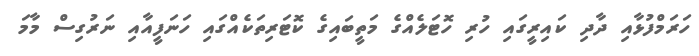
ހަރަމްފުޅާއި ދާދި ކައިރީގައި ހުރި ހޮޓަލެއްގެ މަތީބައިގެ ކޮޓަރިތަކެއްގައި ހަނަފީއާއި ނަރުގިސް މާމަ